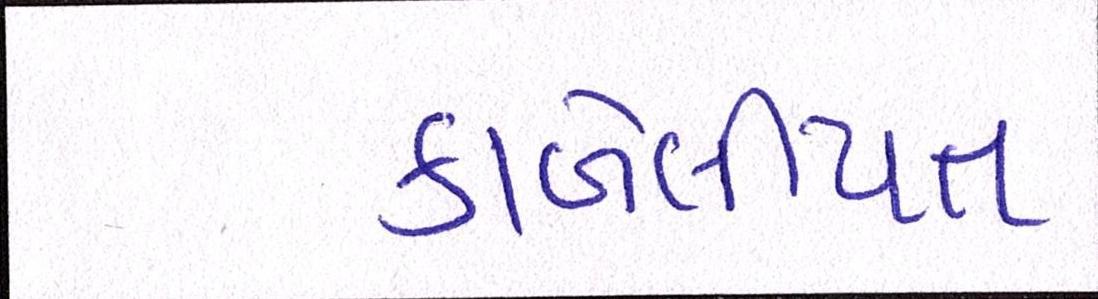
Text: કાબેલીયત